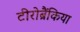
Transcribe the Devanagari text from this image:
टीरोब्रैंकिया